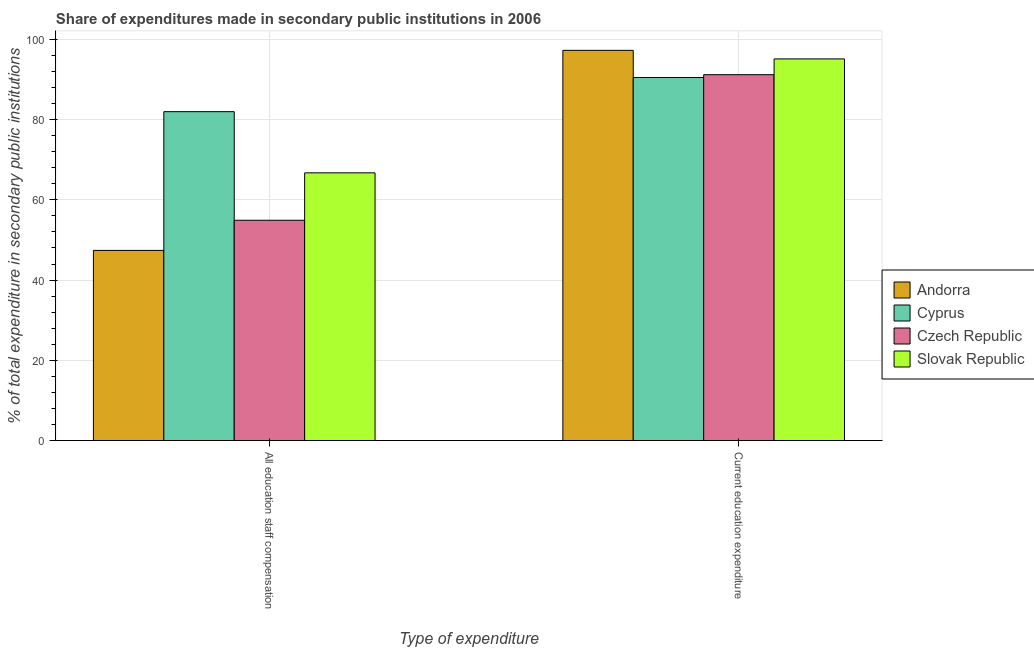
| Type of expenditure | Andorra | Cyprus | Czech Republic | Slovak Republic |
 | --- | --- | --- | --- | --- |
 | All education staff compensation | 47.4 | 82 | 54.9 | 66.7 |
 | Current education expenditure | 97.3 | 90.5 | 91.2 | 95.1 |